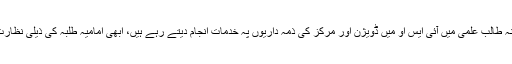
یونیورسٹی کے زمانہ طالب علمی میں آئی ایس او میں ڈویژن اور مرکز کی ذمہ داریوں پہ خدمات انجام دیتے رہے ہیں، ابھی امامیہ طلبہ کی ذیلی نظارت کے رکن بھی ہیں۔